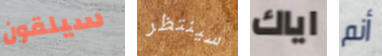
سيلقون سينتظر اياك أنم